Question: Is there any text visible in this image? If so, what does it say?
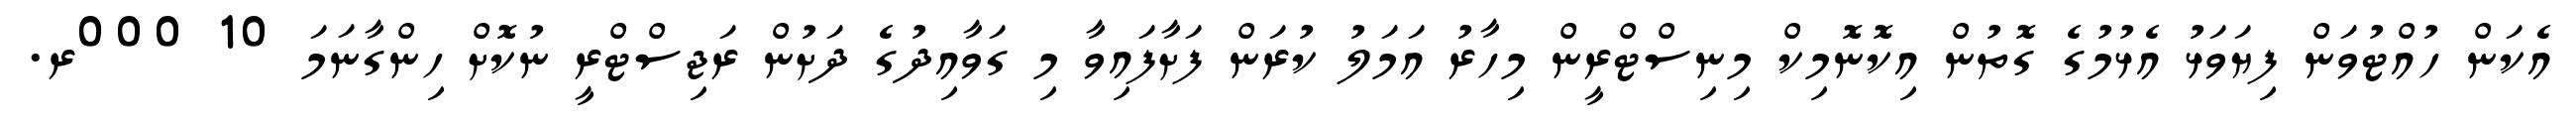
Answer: އެކަން ހުއްޓުވަން ފިޔަވަޅު އެޅުމުގެ ގޮތުން އިކޮނޮމިކް މިނިސްޓްރީން މިހާރު އަމަލު ކުރަން ފަށާފައިވާ މި ގަވާއިދުގެ ދަށުން ރަޖިސްޓްރީ ނުކޮށް ހިންގާނަމަ 10 000ރ.